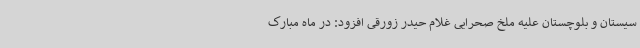
سیستان و بلوچستان علیه ملخ صحرایی غلام حیدر زورقی افزود: در ماه مبارک